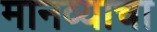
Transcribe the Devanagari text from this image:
मानव्याचा